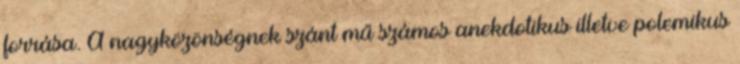
forrása. A nagyközönségnek szánt mű számos anekdotikus illetve polemikus